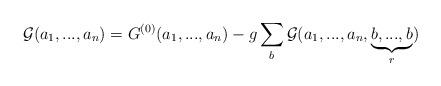
LaTeX: \begin{align*}{{\cal G}}(a_1,...,a_n)={G}^{(0)}(a_1,...,a_n)-g\sum_{b}{{\cal G}}(a_1,...,a_n,\underbrace{b,...,b}_{r})\end{align*}